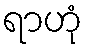
ရာဟုံ